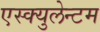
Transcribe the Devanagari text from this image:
एस्क्युलेन्टम